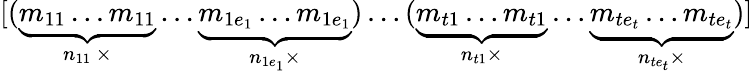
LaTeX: [(\underbrace{m_{11}\ldots m_{11}}_{n_{11}~\times}\ldots\underbrace{m_{1e_{1}}\ldots m_{1e_{1}}}_{n_{1e_{1}}\times})\ldots(\underbrace{m_{t1}\ldots m_{t1}}_{n_{t1}\times}\ldots\underbrace{m_{te_{t}}\ldots m_{te_{t}}}_{n_{te_{t}}\times})]